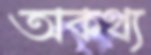
অকথ্য